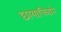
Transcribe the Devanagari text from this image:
छायाचित्राने